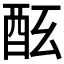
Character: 𨠀